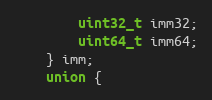
Language: C
        uint32_t imm32;
        uint64_t imm64;
    } imm;
    union {